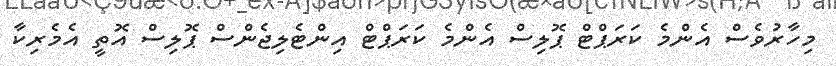
މިހާރުވެސް އެންމެ ކަރަޕްޓް ޕޮލިސް އެންމެ ކަރަޕްޓް އިންޓެލިޖެންސް ޕޮލިސް އޮތީ އެމެރިކާ